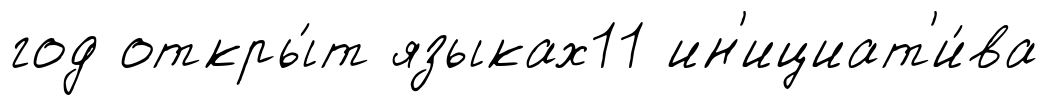
год откры́т языках11 ин'ициат'и́ва